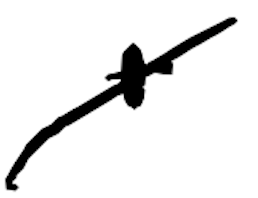
Text: +
Cross-out: diagonal
Writing tool: digital_black